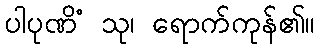
ပါပုဏိံ သု၊ ရောက်ကုန်၏။